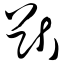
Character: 猷